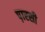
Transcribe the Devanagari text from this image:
प़ारसी